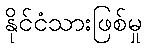
နိုင်ငံသားဖြစ်မှု